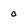
Character: 0